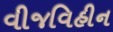
વીજવિહીન